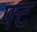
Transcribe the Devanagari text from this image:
फ्ट